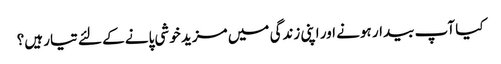
کیا آپ بیدار ہونے اور اپنی زندگی میں مزید خوشی پانے کے لئے تیار ہیں؟